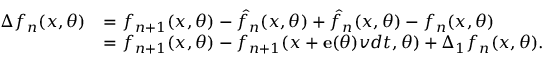
\begin{array} { r l } { \Delta f _ { n } ( x , \theta ) } & { = f _ { n + 1 } ( x , \theta ) - \hat { f } _ { n } ( x , \theta ) + \hat { f } _ { n } ( x , \theta ) - f _ { n } ( x , \theta ) } \\ & { = f _ { n + 1 } ( x , \theta ) - f _ { n + 1 } ( x + { \bf e } ( \theta ) v d t , \theta ) + \Delta _ { 1 } f _ { n } ( x , \theta ) . } \end{array}